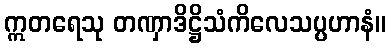
ဣတရေသု တဏှာဒိဋ္ဌိသံကိလေသပ္ပဟာနံ။